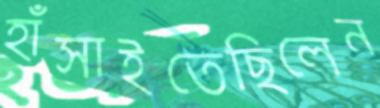
হাঁসাইতেছিলেন